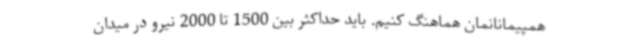
همپیمانانمان هماهنگ کنیم. باید حداکثر بین 1500 تا 2000 نیرو در میدان